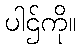
ပါဌ်ကို။